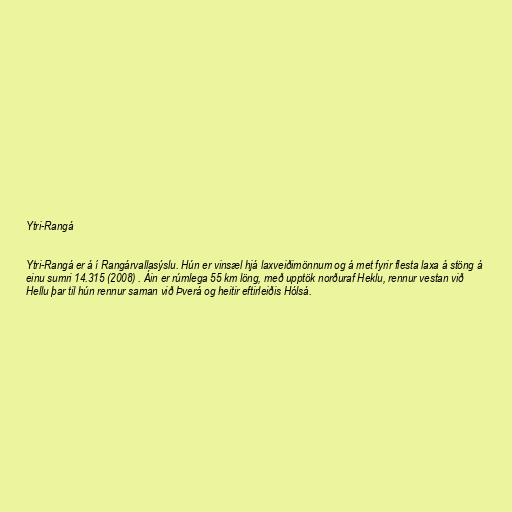
Ytri-Rangá

Ytri-Rangá er á í Rangárvallasýslu. Hún er vinsæl hjá laxveiðimönnum og á met fyrir flesta laxa á stöng á
einu sumri 14.315 (2008) . Áin er rúmlega 55 km löng, með upptök norðuraf Heklu, rennur vestan við
Hellu þar til hún rennur saman við Þverá og heitir eftirleiðis Hólsá.